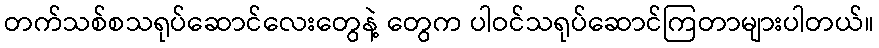
တက်သစ်စသရုပ်ဆောင်လေးတွေနဲ့ တွေက ပါဝင်သရုပ်ဆောင်ကြတာများပါတယ်။